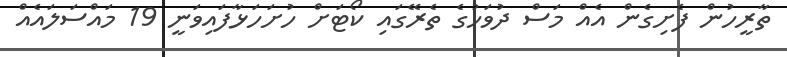
ތާރީހުން ފެށިގެން އެއް މަސް ދުވަހުގެ ތެރޭގައި ކޯޓަށް ހުށަހަޅާފައިވަނީ 19 މައްސަލައެއް